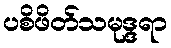
ပစိဖိတ်သမုဒ္ဒရာ